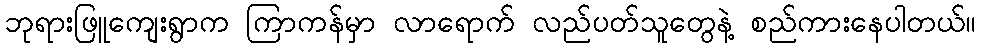
ဘုရားဖြူကျေးရွာက ကြာကန်မှာ လာရောက် လည်ပတ်သူတွေနဲ့ စည်ကားနေပါတယ်။